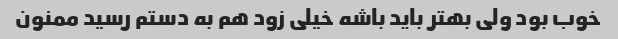
خوب بود ولی بهتر باید باشه خیلی زود هم به دستم رسید ممنون